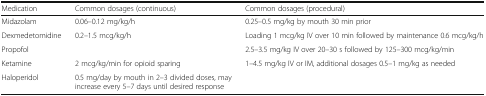
<table><thead><tr><td><b>Medication</b></td><td><b>Common dosages (continuous)</b></td><td><b>Common dosages (procedural)</b></td></tr></thead><tbody><tr><td>Midazolam</td><td>0.06–0.12 mg/kg/h</td><td>0.25–0.5 mg/kg by mouth 30 min prior</td></tr><tr><td>Dexmedetomidine</td><td>0.2–1.5 mcg/kg/h</td><td>Loading 1 mcg/kg IV over 10 min followed by maintenance 0.6 mcg/kg/h</td></tr><tr><td>Propofol</td><td></td><td>2.5–3.5 mg/kg IV over 20–30 s followed by 125–300 mcg/kg/min</td></tr><tr><td>Ketamine</td><td>2 mcg/kg/min for opioid sparing</td><td>1–4.5 mg/kg IV or IM, additional dosages 0.5–1 mg/kg as needed</td></tr><tr><td>Haloperidol</td><td>0.5 mg/day by mouth in 2–3 divided doses, may increase every 5–7 days until desired response</td><td></td></tr></tbody></table>